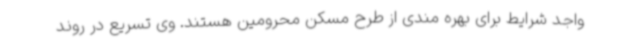
واجد شرایط برای بهره مندی از طرح مسکن محرومین هستند. وی تسریع در روند